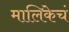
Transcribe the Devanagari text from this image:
मालिकेचं